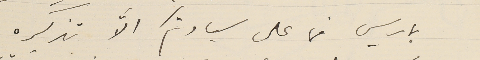
باريس فما على سيادتكم الاَّ تذكيره